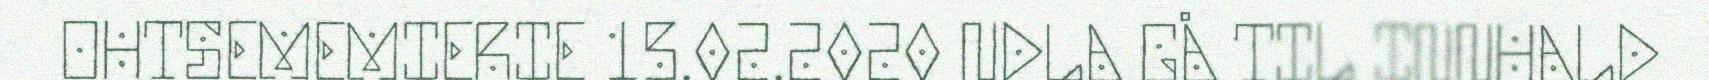
OHTSEMEMIERIE 15.02.2020 NDLA GÅ TIL INNHALD